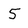
Character: 5